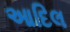
આદિલ